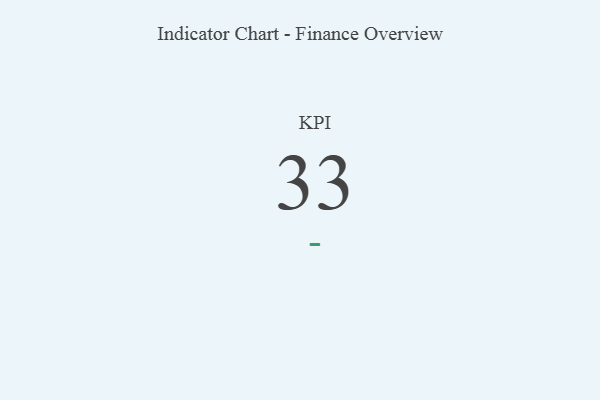
{"axis": {"x": "KPI", "y": "Value"}, "legend": [""], "data": [{"x": "KPI", "y": 33, "type": ""}]}